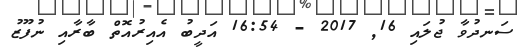
ސަނދުވާ ޖުލައި 16